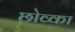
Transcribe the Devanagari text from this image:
छोव्का